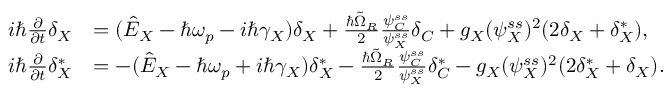
\begin{array} { r l } { i \hbar \frac { \partial } { \partial t } \delta _ { X } } & { = ( \hat { E } _ { X } - \hbar \omega _ { p } - i \hbar \gamma _ { X } ) \delta _ { X } + \frac { \hbar \tilde { \Omega } _ { R } } { 2 } \frac { \psi _ { C } ^ { s s } } { \psi _ { X } ^ { s s } } \delta _ { C } + g _ { X } ( \psi _ { X } ^ { s s } ) ^ { 2 } ( 2 \delta _ { X } + \delta _ { X } ^ { * } ) , } \\ { i \hbar \frac { \partial } { \partial t } \delta _ { X } ^ { * } } & { = - ( \hat { E } _ { X } - \hbar \omega _ { p } + i \hbar \gamma _ { X } ) \delta _ { X } ^ { * } - \frac { \hbar \tilde { \Omega } _ { R } } { 2 } \frac { \psi _ { C } ^ { s s } } { \psi _ { X } ^ { s s } } \delta _ { C } ^ { * } - g _ { X } ( \psi _ { X } ^ { s s } ) ^ { 2 } ( 2 \delta _ { X } ^ { * } + \delta _ { X } ) . } \end{array}